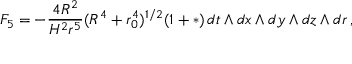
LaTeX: F _ { 5 } = - { \frac { 4 R ^ { 2 } } { H ^ { 2 } r ^ { 5 } } } ( R ^ { 4 } + r _ { 0 } ^ { 4 } ) ^ { 1 / 2 } ( 1 + * ) \, d t \wedge d x \wedge d y \wedge d z \wedge d r \, ,